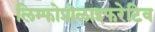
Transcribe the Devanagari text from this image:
लिम्फोप्रोलाइफरेटिव